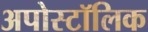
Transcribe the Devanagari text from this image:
अपोस्टॉलिक